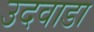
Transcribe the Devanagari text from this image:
उदवाडा